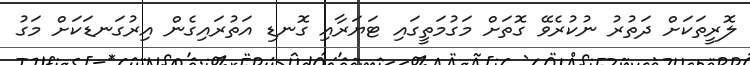
ލޮރީތަކަށް ދަތުރު ނުކުރެވޭ ގޮތަށް މަގުމަތީގައި ޓަޔަރާއި ގޮނޑި އަތުރައިގެން އިރުގަނޑަކަށް މަގު